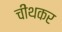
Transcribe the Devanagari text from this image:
चींथकर